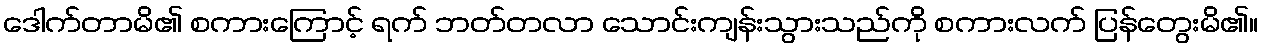
ဒေါက်တာမိ၏ စကားကြောင့် ရက် ဘတ်တလာ သောင်းကျန်းသွားသည်ကို စကားလက် ပြန်တွေးမိ၏။